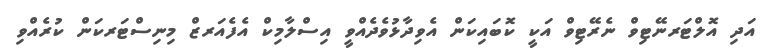
އަދި އޮލްޓަރނޭޓިވް ނެރޭޓިވް އަކީ ކޮބައިކަން އެވިދާޅުވެދެއްވީ އިސްލާމިކް އެފެއަރޒް މިނިސްޓަރކަން ކުރެއްވި